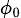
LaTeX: \scriptstyle\phi_{0}